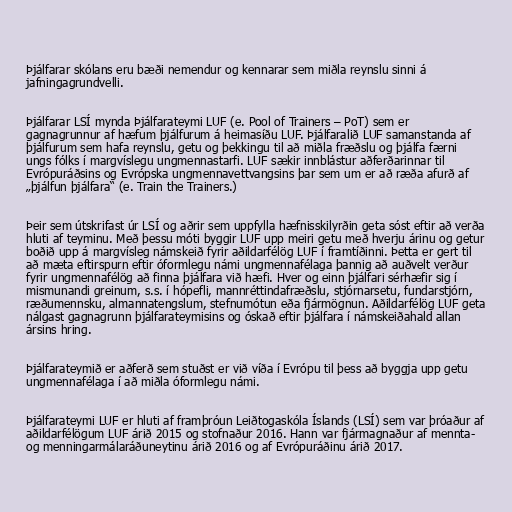
Þjálfarar skólans eru bæði nemendur og kennarar sem miðla reynslu sinni á
jafningagrundvelli.

Þjálfarar LSÍ mynda Þjálfarateymi LUF (e. Pool of Trainers – PoT) sem er
gagnagrunnur af hæfum þjálfurum á heimasíðu LUF. Þjálfaralið LUF samanstanda af
þjálfurum sem hafa reynslu, getu og þekkingu til að miðla fræðslu og þjálfa færni
ungs fólks í margvíslegu ungmennastarfi. LUF sækir innblástur aðferðarinnar til
Evrópuráðsins og Evrópska ungmennavettvangsins þar sem um er að ræða afurð af
„þjálfun þjálfara“ (e. Train the Trainers.)

Þeir sem útskrifast úr LSÍ og aðrir sem uppfylla hæfnisskilyrðin geta sóst eftir að verða
hluti af teyminu. Með þessu móti byggir LUF upp meiri getu með hverju árinu og getur
boðið upp á margvísleg námskeið fyrir aðildarfélög LUF í framtíðinni. Þetta er gert til
að mæta eftirspurn eftir óformlegu námi ungmennafélaga þannig að auðvelt verður
fyrir ungmennafélög að finna þjálfara við hæfi. Hver og einn þjálfari sérhæfir sig í
mismunandi greinum, s.s. í hópefli, mannréttindafræðslu, stjórnarsetu, fundarstjórn,
ræðumennsku, almannatengslum, stefnumótun eða fjármögnun. Aðildarfélög LUF geta
nálgast gagnagrunn þjálfarateymisins og óskað eftir þjálfara í námskeiðahald allan
ársins hring.

Þjálfarateymið er aðferð sem stuðst er við víða í Evrópu til þess að byggja upp getu
ungmennafélaga í að miðla óformlegu námi.

Þjálfarateymi LUF er hluti af framþróun Leiðtogaskóla Íslands (LSÍ) sem var þróaður af
aðildarfélögum LUF árið 2015 og stofnaður 2016. Hann var fjármagnaður af mennta-
og menningarmálaráðuneytinu árið 2016 og af Evrópuráðinu árið 2017.